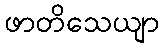
ဖာတိသေယျာ